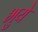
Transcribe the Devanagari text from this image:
भुये